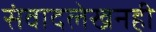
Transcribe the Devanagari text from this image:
संवादलेखनही